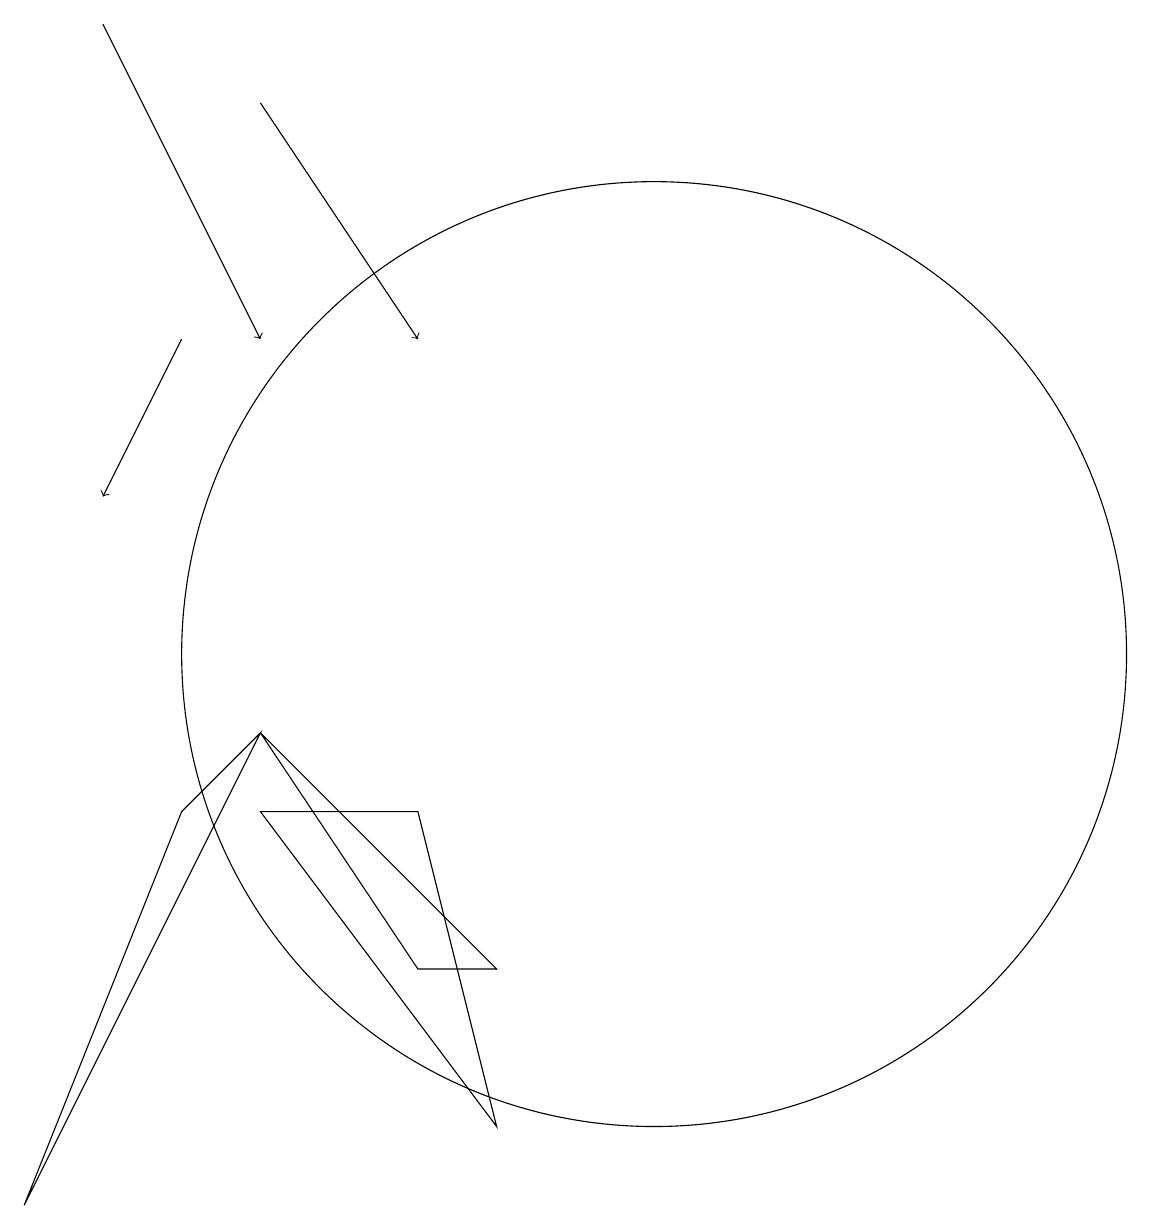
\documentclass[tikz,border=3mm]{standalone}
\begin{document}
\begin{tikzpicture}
\draw[->] (4,18) -- (6,14);
\draw[->] (5,14) -- (4,12);
\draw (6,9) -- (3,3) -- (5,8) -- cycle;
\draw (6,9) -- (8,6) -- (9,6) -- cycle;
\draw[->] (6,17) -- (8,14);
\draw (11,10) circle (6);
\draw (9,4) -- (8,8) -- (6,8) -- cycle;
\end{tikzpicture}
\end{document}